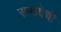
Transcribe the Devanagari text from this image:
सख्येची